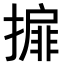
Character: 𢵞